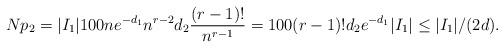
LaTeX: \begin{align*} Np_2 = |I_1| 100 n e^{-d_1} n^{r-2} d_2 \frac{(r-1)!}{n^{r-1}} = 100 (r-1)! d_2 e^{-d_1} |I_1| \le |I_1|/(2d).\end{align*}